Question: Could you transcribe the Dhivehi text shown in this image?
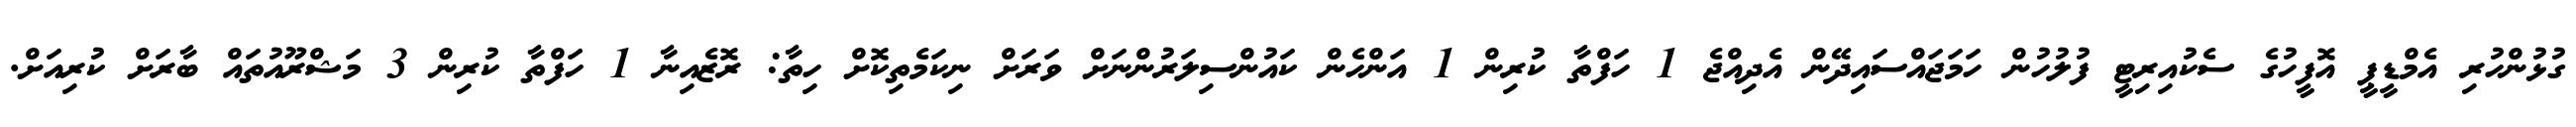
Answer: ގުޅުންހުރި އެމްޑީޕީ އޮފީހުގެ ސެކުއިރިޓީ ފުލުހުން ހަމަޖައްސައިދޭން އެދިއްޖެ 1 ހަފްތާ ކުރިން 1 އަންހެން ކައުންސިލަރުންނަށް ވަރަށް ނިކަމެތިކޮށް ހިތާ: ރޮޒެއިނާ 1 ހަފްތާ ކުރިން 3 މަޝްރޫއުތައް ބާރަށް ކުރިއަށް.